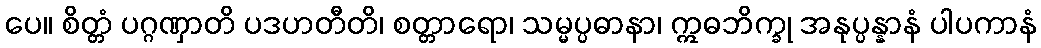
ပေ။ စိတ္တံ ပဂ္ဂဏှာတိ ပဒဟတီတိ၊ စတ္တာရော၊ သမ္မပ္ပဓာနာ၊ ဣဓဘိက္ခု အနုပ္ပန္နာနံ ပါပကာနံ